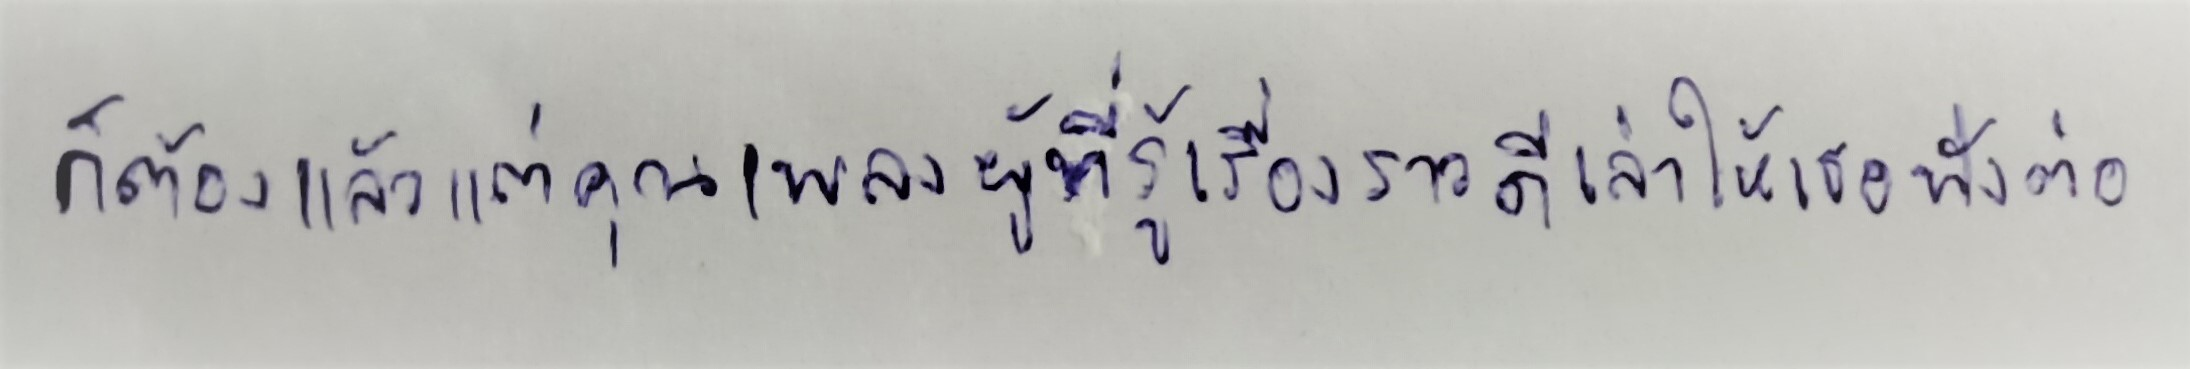
ก็ต้องแล้วแต่คุณเพลงผู้ที่รู้เรื่องราวดีเล่าให้เธอฟังต่อ